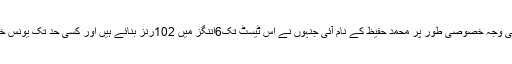
بہرحال تیسرے ٹیسٹ میں شکست کی وجہ خصوصی طور پر محمد حفیظ کے نام آئی جنہوں نے اس ٹیسٹ تک6اننگز میں 102رنز بنائے ہیں اور کسی حد تک یونس خان جنہوں نے6اننگز میں 122رنز۔